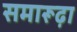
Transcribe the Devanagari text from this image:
समारूढ़ा